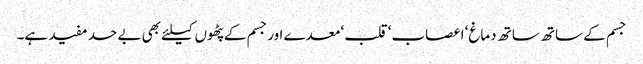
جسم کے ساتھ ساتھ دماغ‘ اعصاب‘ قلب ‘معدے اورجسم کے پٹھوں کیلئے بھی بے حد مفید ہے۔